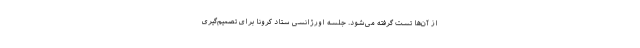
از آن‌ها تست گرفته می‌شود. جلسه اورژانسی ستاد کرونا برای تصمیم‌گیری